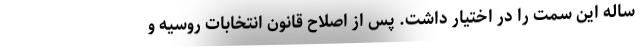
ساله این سمت را در اختیار داشت. پس از اصلاح قانون انتخابات روسیه و